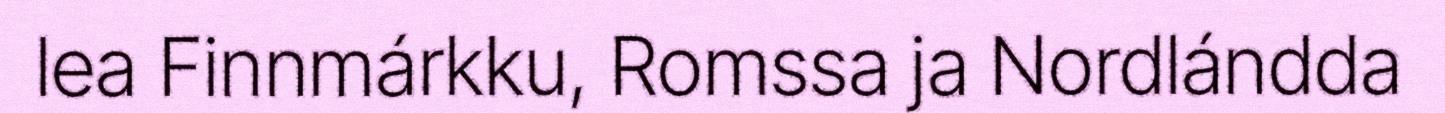
lea Finnmárkku, Romssa ja Nordlándda